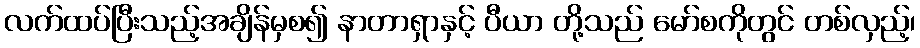
လက်ထပ်ပြီးသည့်အချိန်မှစ၍ နာတာရှာနှင့် ပီယာ တို့သည် မော်စကိုတွင် တစ်လှည့်၊